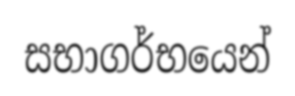
සභාගර්භයෙන්